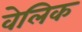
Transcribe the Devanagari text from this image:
वेलिक